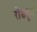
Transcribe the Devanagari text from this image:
रोडहून